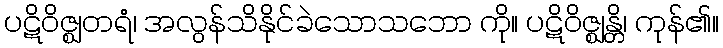
ပဋိဝိဇ္ဈတရံ၊ အလွန်သိနိုင်ခဲသောသဘော ကို။ ပဋိဝိဇ္ဈန္တိ၊ ကုန်၏။